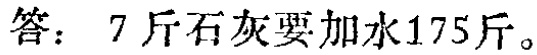
答：7斤石灰要加水175斤。